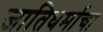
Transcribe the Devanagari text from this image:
जातिधर्माचा